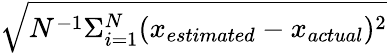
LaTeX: \sqrt{N^{-1}\Sigma_{i=1}^{N}(x_{estimated}-x_{actual})^{2}}